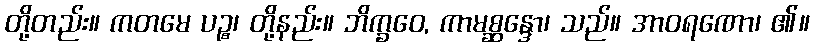
တို့တည်း။ ကတမေ ပဉ္စ၊ တို့နည်း။ ဘိက္ခဝေ, ကာမစ္ဆန္ဒော၊ သည်။ အာဝရဏော၊ ၏။